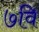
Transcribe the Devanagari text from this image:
७वि